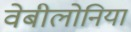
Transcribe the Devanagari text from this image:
वेबीलोनिया